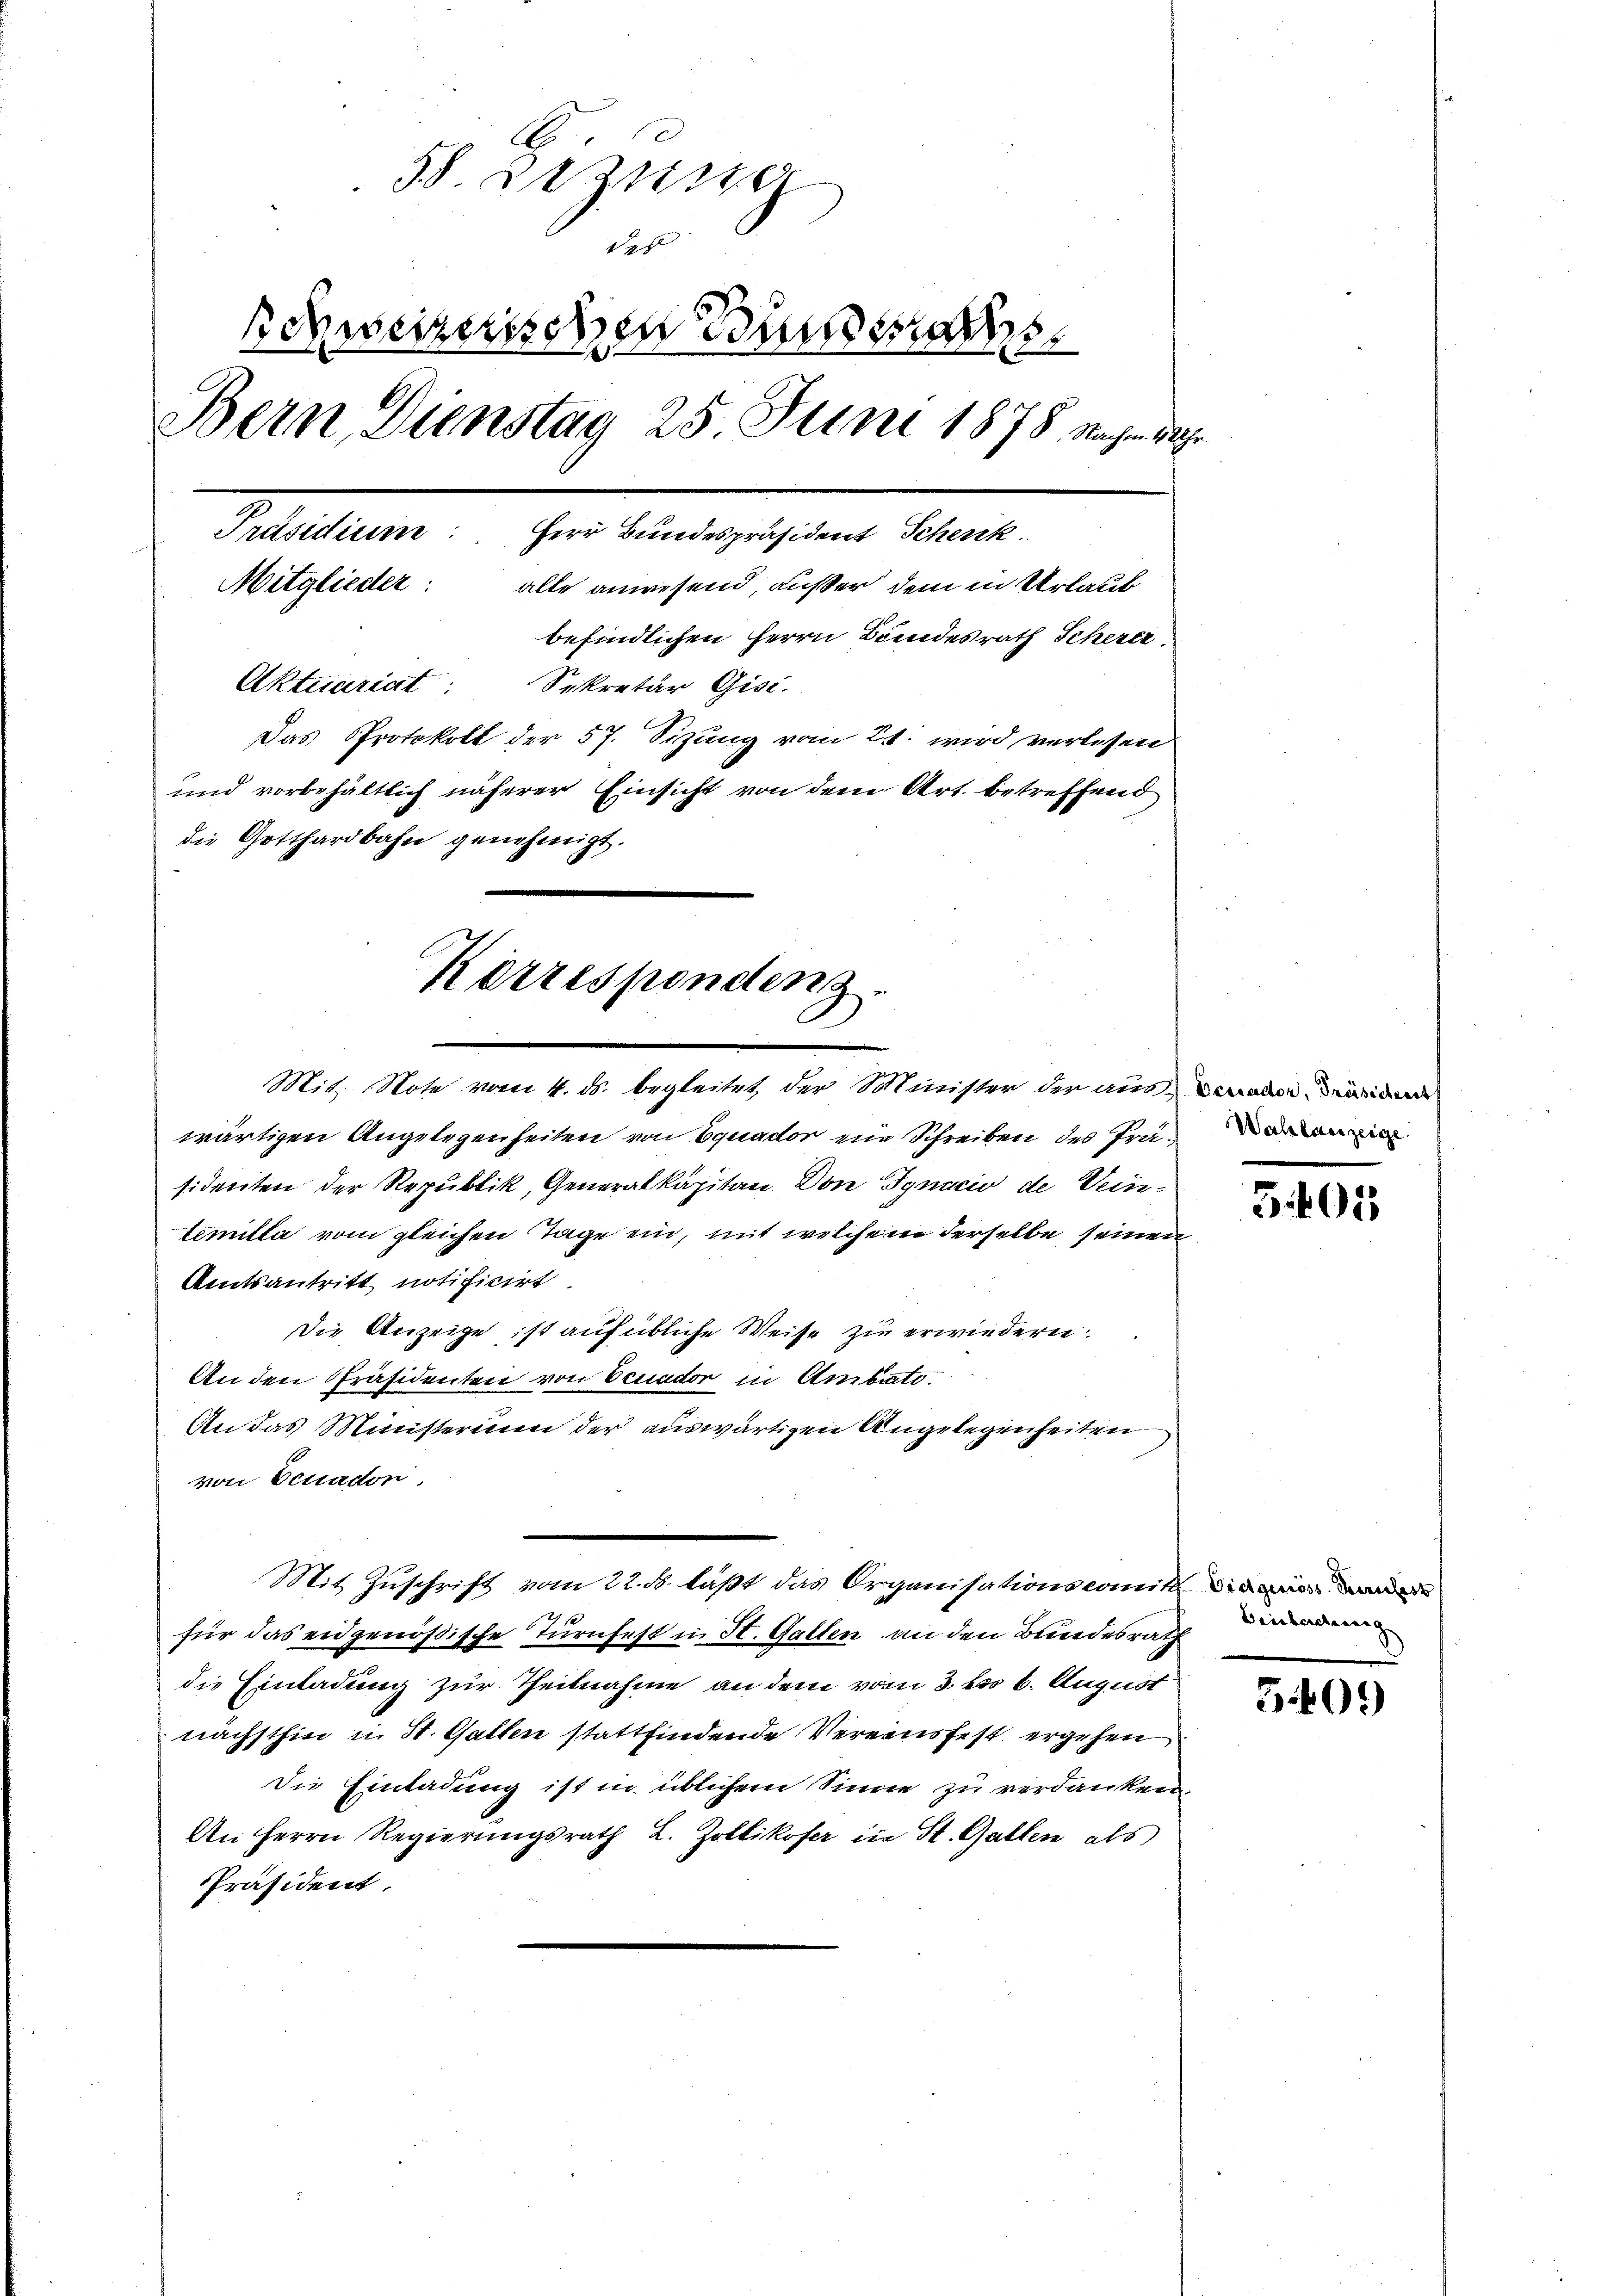
58. 223 240.
der
Schweizerischen Bunde
Bern, Dienstag 25 Juni 1878. Nachen de
Präsidium. Herr Bundespräsident Schenk
Mitglieder: alle anwesend, außer dem in Urlaub
befindlichen Herrn Bundesrath Scherer
Aktuariat Sekretär Gisi-
Das Protokoll der 57. Sizung vom 21. wird verlesen
und vorbehältlich näherer Einsicht von dem Art. betreffend
die Gotthardbahn genehmigt.

Korrespondenz.
Mit. Note vom 4. ds. begleitet der Minister der aus deralemandere

wärtigen Angelegenheiten von Equador nie Schreiben des Präsidenten der Republik, Generalkapitän Don Jgnacio de Weintemilla vom gleichen Tage ein, mit welchem derselbe seinen
Amtsantritt notificirt.
Die Anzeige ist auf übliche Weise zu erwiedern
An den Präsidenten von Ecuador in Ambinato.
An das Ministerium der auswärtigen Angelegenheiten
von Benadon.
Mit Zuschrift vom 22. ds. läßt das Organisationscomit die er de
für das eidgenößische Turnfest in St. Gallen an den Bundesrath werden
die Einladung zur Theilnahme an dem vom 3. bis 6. August
nächsthin u. St. Gatten stattfindende Vereinsfest ergehen
Die Einladung ist in üblichem Sinne zu verdanken.
An Herrn Regierungsrath L. Zollikofer in St. Gallen als
Präsident.

301

540.